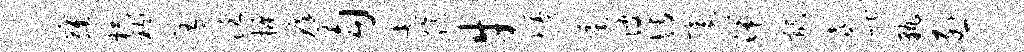
萝杯衲宥泛振痒勾煮臆牛慢叶彼博毫湍髂熹喈孰烈